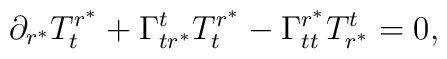
\partial_{r^{\ast}}{T^{r^{\ast}}_{t}}+  \Gamma^{t}_{tr^{\ast}}T^{r^{\ast}}_{t}-  \Gamma^{r^{\ast}}_{tt}T^{t}_{r^{\ast}}=0,